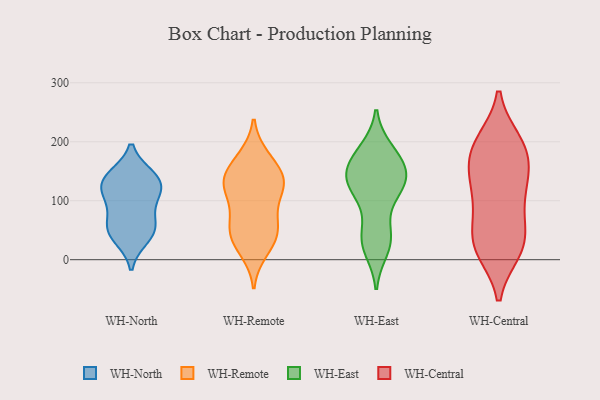
{"axis": {"x": "Energy Usage (MWh)", "y": "Value"}, "legend": ["WH-Central", "WH-East", "WH-North", "WH-Remote"], "data": [{"x": "", "y": 124, "type": "WH-North"}, {"x": "", "y": 133, "type": "WH-North"}, {"x": "", "y": 37, "type": "WH-North"}, {"x": "", "y": 100, "type": "WH-North"}, {"x": "", "y": 107, "type": "WH-North"}, {"x": "", "y": 58, "type": "WH-North"}, {"x": "", "y": 59, "type": "WH-North"}, {"x": "", "y": 141, "type": "WH-North"}, {"x": "", "y": 47, "type": "WH-North"}, {"x": "", "y": 139, "type": "WH-North"}, {"x": "", "y": 56, "type": "WH-Remote"}, {"x": "", "y": 78, "type": "WH-Remote"}, {"x": "", "y": 174, "type": "WH-Remote"}, {"x": "", "y": 124, "type": "WH-Remote"}, {"x": "", "y": 172, "type": "WH-Remote"}, {"x": "", "y": 128, "type": "WH-Remote"}, {"x": "", "y": 15, "type": "WH-Remote"}, {"x": "", "y": 39, "type": "WH-Remote"}, {"x": "", "y": 61, "type": "WH-Remote"}, {"x": "", "y": 125, "type": "WH-Remote"}, {"x": "", "y": 46, "type": "WH-Remote"}, {"x": "", "y": 27, "type": "WH-Remote"}, {"x": "", "y": 145, "type": "WH-Remote"}, {"x": "", "y": 108, "type": "WH-Remote"}, {"x": "", "y": 141, "type": "WH-Remote"}, {"x": "", "y": 133, "type": "WH-Remote"}, {"x": "", "y": 35, "type": "WH-East"}, {"x": "", "y": 110, "type": "WH-East"}, {"x": "", "y": 48, "type": "WH-East"}, {"x": "", "y": 184, "type": "WH-East"}, {"x": "", "y": 24, "type": "WH-East"}, {"x": "", "y": 144, "type": "WH-East"}, {"x": "", "y": 126, "type": "WH-East"}, {"x": "", "y": 146, "type": "WH-East"}, {"x": "", "y": 18, "type": "WH-East"}, {"x": "", "y": 135, "type": "WH-East"}, {"x": "", "y": 133, "type": "WH-East"}, {"x": "", "y": 130, "type": "WH-East"}, {"x": "", "y": 108, "type": "WH-East"}, {"x": "", "y": 40, "type": "WH-East"}, {"x": "", "y": 170, "type": "WH-East"}, {"x": "", "y": 154, "type": "WH-East"}, {"x": "", "y": 186, "type": "WH-East"}, {"x": "", "y": 173, "type": "WH-East"}, {"x": "", "y": 138, "type": "WH-Central"}, {"x": "", "y": 16, "type": "WH-Central"}, {"x": "", "y": 118, "type": "WH-Central"}, {"x": "", "y": 191, "type": "WH-Central"}, {"x": "", "y": 121, "type": "WH-Central"}, {"x": "", "y": 200, "type": "WH-Central"}, {"x": "", "y": 78, "type": "WH-Central"}, {"x": "", "y": 19, "type": "WH-Central"}, {"x": "", "y": 76, "type": "WH-Central"}, {"x": "", "y": 157, "type": "WH-Central"}, {"x": "", "y": 193, "type": "WH-Central"}, {"x": "", "y": 195, "type": "WH-Central"}, {"x": "", "y": 24, "type": "WH-Central"}, {"x": "", "y": 25, "type": "WH-Central"}, {"x": "", "y": 156, "type": "WH-Central"}, {"x": "", "y": 37, "type": "WH-Central"}]}